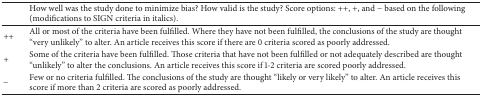
|  | How well was the study done to minimize bias? How valid is the study? Score options: ++, +, and − based on the following (modifications to SIGN criteria in italics). |
 | --- | --- |
 | ++ | All or most of the criteria have been fulfilled. Where they have not been fulfilled, the conclusions of the study are thought “very unlikely” to alter. An article receives this score if there are 0 criteria scored as poorly addressed. |
 | + | Some of the criteria have been fulfilled. Those criteria that have not been fulfilled or not adequately described are thought “unlikely” to alter the conclusions. An article receives this score if 1-2 criteria are scored poorly addressed. |
 | − | Few or no criteria fulfilled. The conclusions of the study are thought “likely or very likely” to alter. An article receives this score if more than 2 criteria are scored as poorly addressed. |